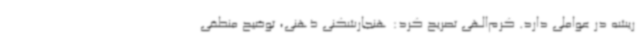
ریشه در عواملی دارد. کرم‌الهی تصریح کرد: هنجارشکنی ذهنی، توضیح منطقی